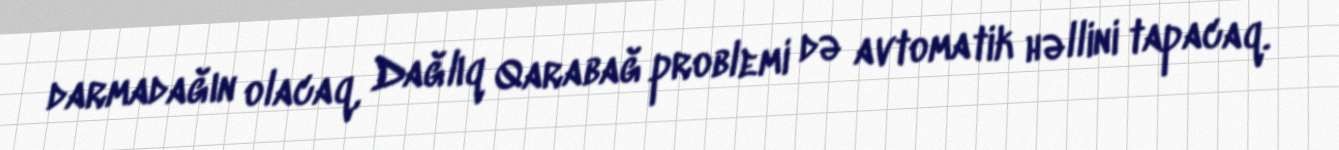
darmadağın olacaq, Dağlıq Qarabağ problemi də avtomatik həllini tapacaq.